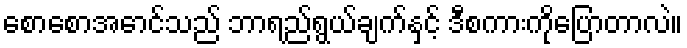
စောစောအောင်သည် ဘာရည်ရွယ်ချက်နှင့် ဒီစကားကိုပြောတာလဲ။